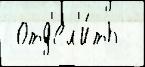
 отд'ел'и́ть